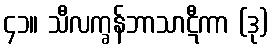
၄၁။ သီလက္ခန်ဘာသာဋီကာ (ဒု)